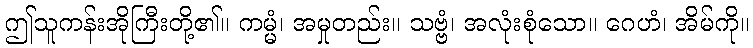
ဤသူကန်းအိုကြီးတို့၏။ ကမ္မံ၊ အမှုတည်း။ သဗ္ဗံ၊ အလုံးစုံသော။ ဂေဟံ၊ အိမ်ကို။